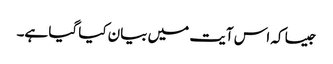
جیسا کہ اس آیت میں بیان کیا گیا ہے۔